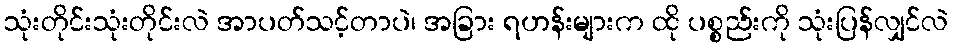
သုံးတိုင်းသုံးတိုင်းလဲ အာပတ်သင့်တာပဲ၊ အခြား ရဟန်းများက ထို ပစ္စည်းကို သုံးပြန်လျှင်လဲ